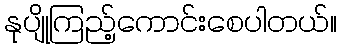
နုပျိုကြည့်ကောင်းစေပါတယ်။